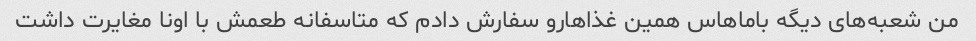
من شعبه‌های دیگه باماهاس همین غذاهارو سفارش دادم که متاسفانه طعمش با اونا مغایرت داشت